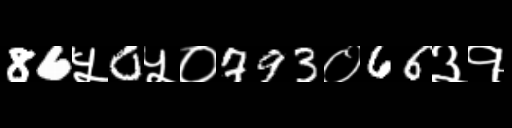
Text: 86५0५०793०66३१